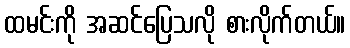
ထမင်းကို အဆင်ပြေသလို စားလိုက်တယ်။